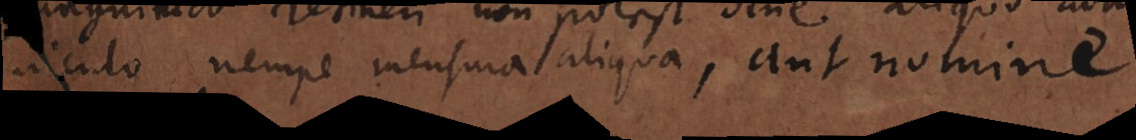
iniculo nempe mensura aliqua, aut nomine